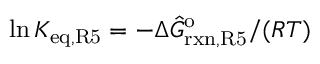
\ln { K _ { \mathrm { e q , R 5 } } } = - \Delta \hat { G } _ { \mathrm { r x n , R 5 } } ^ { \mathrm { o } } / ( R T )